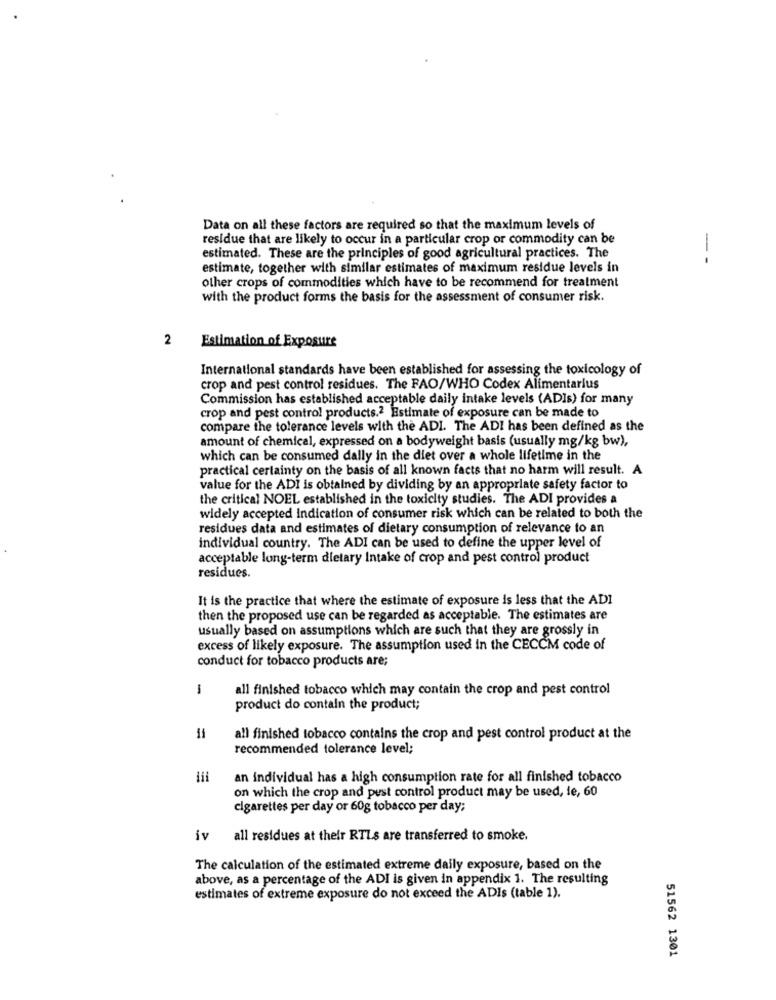
Data on all these factors are required so that the maximum levels of
residue that are likely to occur in a particular crop or commodity can be
estimated. These are the principles of good agricultural practices. The
- -
estimate, together with similar estimates of maximum residue levels in
other crops of commodities which have to be recommend for treatment
with the product forms the basis for the assessment of consumer risk.
2
Estimation of Exposure
International standards have been established for assessing the toxicology of
crop and pest control residues. The FAO/WHO Codex Alimentarius
Commission has established acceptable daily intake levels (ADIs) for many
crop and pest control products.2 Estimate of exposure can be made to
compare the tolerance levels with the ADI. The ADI has been defined as the
amount of chemical, expressed on a bodyweight basis (usually mg/kg bw),
which can be consumed dally in the diet over a whole lifetime in the
practical certainty on the basis of all known facts that no harm will result. A
value for the ADI is obtained by dividing by an appropriate safety factor to
the critical NOEL established in the toxicity studies. The ADI provides a
widely accepted indication of consumer risk which can be related to both the
residues data and estimates of dietary consumption of relevance to an
individual country. The ADI can be used to define the upper level of
acceptable long-term dietary Intake of crop and pest control product
residues.
It is the practice that where the estimate of exposure is less that the ADI
then the proposed use can be regarded as acceptable. The estimates are
usually based on assumptions which are such that they are grossly in
excess of likely exposure. The assumption used in the CECCM code of
conduct for tobacco products are;
1
all finished tobacco which may contain the crop and pest control
product do contain the product;
all finished tobacco contains the crop and pest control product at the
recommended tolerance level;
an individual has a high consumption rate for all finished tobacco
on which the crop and pest control product may be used, fe, 60
cigarettes per day or 60g tobacco per day;
iv all residues at their RTLs are transferred to smoke.
The calculation of the estimated extreme daily exposure, based on the
above, as a percentage of the ADI is given in appendix 1. The resulting
estimates of extreme exposure do not exceed the ADIs (table 1).
51562 1301